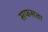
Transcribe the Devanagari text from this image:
सफसता